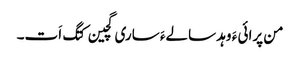
من پرائی ءَ وہد سالےءَ ساری گچین کتگ اَت۔